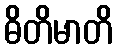
ဓိတိမာတိ